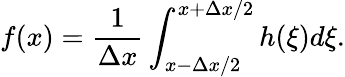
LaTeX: f(x)=\frac{1}{\Delta x}\int_{x-\Delta x/2}^{x+\Delta x/2}h(\xi)d\xi.